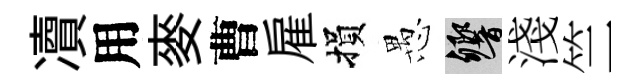
凟用麥曹雇損愚響淺竺